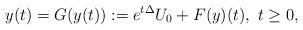
LaTeX: \begin{align*}y(t)=G(y(t)):=e^{t\Delta}U_0+F(y)(t),\ t\geq0,\end{align*}